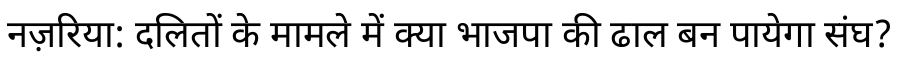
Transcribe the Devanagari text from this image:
नज़रिया: दलितों के मामले में क्या भाजपा की ढाल बन पायेगा संघ?